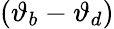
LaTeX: (\vartheta_{b}-\vartheta_{d})